Vaccination in Burma 1900-1911 - 1900-1911
Year: 1900
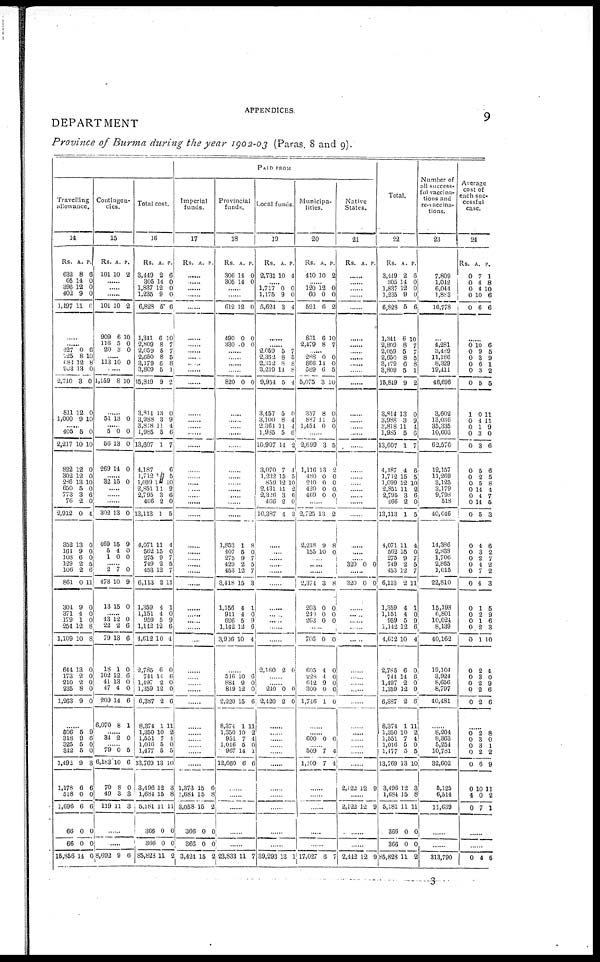
APPENDICES.
9
DEPARTMENT
Province of Burma during the year 1902-03 (Paras. 8 and 9).
PAID FROM
Travelling
allowance.
14
Rs.
632
65
396
402
1,497
A.
8
14
12
9
11
P.
6
0
0
0
6
......
...... 127
725
683
903
2,740
811
1,000
0
8
12
13
3
12
9
6
10
8
0
0
0
10
...... 405
2,217
822
302
286
650
773
76
2,912
352
164
108
129
106
861
301
371
179
251
1,109
644
173
210
235
1,263
5
10
12
12
13
5
3
2
0
13
9
6 2
2
0
9
4
1
12
10
13
2
2
8
9
0
10
0
0
10
0
6
0
4
0
0
0
5
6
11
0
0
0
8
8
0
0
0 0
0
......
506
318
325
342
1,492
1,178
518
1,696
66
66
15,356
5
9
5
5
9
6
0
6
0
0
14
9
6
0
0
3
6
0
6
0
0
0
Contingen-
cies.
15
Rs.
101
A.
10
P.
2
......
......
......
101
909
116
20
10
6
5
3
2
10
0
0
...... 113 10 0
1,159 8 10
......
51 13 0
...... 5
56
269
0
13
14
0
0
0
...... 32 15 0
......
......
......
302
469
5
1
13
15
4
0
0
9
0
0
...... 2
478
13
7
10
15
0
9
0
...... 43
22
79
18
102
41
47
209
6,070
12
2
13
1
12
13
1
14
8
0
6
6
0
6
0
0
6
1
...... 34 2 0
...... 79
6,183
70
19
119
0
10
8
3
11
5
6
0
3
3
......
8,692 9 6
Total cost.
16
Rs.
3,449
305
1,837
1,235
6,828
1,341
2,809
2,059
2,650
3,179
3,809
15,849
3,814
3,988
3,818
1,985
13,607
4,187
1,712
1,099
2,851
2,795
466
13,113
4,071
562
275
749
453
6,113
1,359
1,151
959
1,142
4,612
2,785
741
1,197
1,359
6,387
8,374
1,350
1,551
1,016
1,477
13,769
3,496
1,684
5,181
366
366
85,823
A.
2
14
12
9
5
6
8
5
8
6
5
9
13
3
11
5
1
1
1
11
3
2
1
11
15
9
2
12
2
4
4
5
12
10
6
11
2
12
2
1
10
7
5
5
13
12
15
11
0
0
11
P.
6
0
0 0
6
10
7
7
5
8
1
2
0
9
4
6
7
6
5
10
2
6
0
5
4
0
7
5
7
11
1
0
9
6
4
0
6
0
0
6
11
9 1
0
5
10
3
8
11
0
0
2
Imperial
funds.
17
Rs. A. P.
......
......
......
......
......
......
......
......
......
......
......
......
......
......
......
......
......
......
......
......
......
......
......
......
......
......
......
......
......
......
......
......
......
......
......
......
......
......
......
......
......
......
......
......
......
1,373
1,684
3,058
366
366
3,421
15
15
15
0
0
15
6
8
2
0
0
2
Provincial
funds.
18
Rs.
306
305
A.
14
14
P.
0
0
......
......
612
490
330
12
0
0
0
0
0
......
......
......
......
820 0 0
......
......
......
......
......
......
......
......
......
......
......
......
1,853
407
275
429
453
3,118
1,156
911
696
1,142
3,906
1
5
9
2
12
15
4
4
5
12
10
8
0
7
5
7
3
1
0
9
6
4
......
516
884
819
2,220
8,374
1,350
951
1,016
967
12,660
10
9
12
15
1
10
7
5
14
6
6
0
0
6
11
2
4
0
1
6
......
......
......
......
......
23,833 11 7
Local funds.
19
Rs.
2,731
A.
10
P.
4
1,717
1,175
5,624
0
9
3
0
0
4
......
...... 2,059
2,362
2,312
3,219
9,954
3,457
3,100
2,364
l,985
10,907
3,070
1,232
859
2,431
2,326
466
10,387
5
8
8
14
5
5
8
11
5
14
7
15
12
11
3
2
4
7
5 8
8
4
0
4
4
6
2
4
5
10
2
6
0
3
......
......
......
......
......
......
......
......
......
......
......
2,180 2 0
......
...... 240
2,420
0
2
0
0
......
......
......
......
......
......
......
......
......
......
......
39,293 13 1
Municipa-
lities.
20
Rs.
110
A.
10
P.
2
...... 120
60
591
851
2,479
12
0
6
6
8
0
0
2
10
7
288
866
589
5,075
357
887
1,454
0
14
6
3
8
11
0
0
0
5
10
0
5 0
......
2,699
1,116
480
210
420
469
3
13
0
0
0
0
5
2
0
0
0
0
......
2,725
2,218
155
13
9
10
2
8
0
......
......
2,374
203
240
263
3
0
0
0
8
0
0
0
......
706
605
228
612
300
1,746
0
4
4
9
0
1
0
0
0
0
0
0
......
...... 600 0 0
...... 509
1,109
7
7
4
4
......
......
......
......
......
17,027 6 7
Native
States.
21
Rs. A. P.
......
......
......
......
......
......
......
......
......
......
......
......
......
......
......
......
......
......
......
......
......
......
......
......
......
...... 320 0 0
320 0 0
......
......
......
......
......
......
......
......
......
......
......
......
......
......
......
......
2,122 12 9
......
2,122 12 9
......
......
2,442 12 9
Total.
22
Rs.
3,449
305
1,837
1,235
6,823
1,341
2,809
2,059
2,650
3,179
3,809
15,819
3,814
3,988
3,818
1,985
13,607
4,187
1,712
1,099
2,851
2,795
466
13,113
4,071
562
275
749
453
6,113
1,359
1,151
959
1,142
4,612
2,785
744
1,497
1,359
6,387
8,374
1,350
1,551
1,016
1,477
13,769
3,496
1,684
5,181
366
366
85,823
A.
2
14
12
9
5
6
8
5
8
6
5
9
13
3
11
5
1
1
15
12
11
3
2
1
11
15
9
2
12
2
4
4
5
12
10
6
14
2
12
2
1
10
7
5
5
13
12
15
11
0
0
11
P.
6
0
0
0
6
10
7
7
5
8
1
2
0
9
4
6
7
6
5
10
2
6
0
5
1
0
7
5
7
11
1
0
9
6
4
0
6
0
0
6
11
2
4
0
5
10
3
8
11
0
0
2
Number of
all success-
ful vaccina-
tions and
re-vaccina-
tions.
23
7,809
1,042
6,044
l,883
16,778
......
4,281
3,489
11,186
8,329
19,411
46,696
3,602
13,036
35,335
10,603
62,576
12,157
11,269
3,125
3,179
9,798
518
40,046
14,386
2,838
1,706
2,865
1,015
22,810
15,198
6,801
10,024
8,139
40,162
19,104
3,924
8,656
8,797
40,481
......
8,204
8,363
5,254
10,781
32,602
5,125
6,514
11,639
......
......
313,790
Average
cost of
each suc-
cessful
case.
24
Rs.
0
0
0
0
0
A.
7
4
4
10
6
P.
1
8
10
6
6
......
0
0
0
0
0
0
1
0
0
0
0
0
0
0
0
0
0
0
0
0
0
0
0
0
0
0
0
0
0
0
0
0
0
0
10
9
3
6
3
5
0
4
1
3
3
5
2
5
14
4
14
5
4
3
2
4
7
4
1
2
1
2
1
2
3
2
2
2
6 5
9
1
2
5
11
11
9
0
6
6
5
8
1
7
5
3
6
2
7
2
2
3
5
9
6
3
10
4
0
9
6
6
......
0
0
0
0
0
0
1
0
2
3
3
2
6
10
0
7
8
0
1
2
9
11
2
1
......
......
0 4 5
3